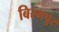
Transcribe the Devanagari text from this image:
बिरमपुर